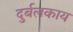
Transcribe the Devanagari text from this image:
दुर्बलकाय